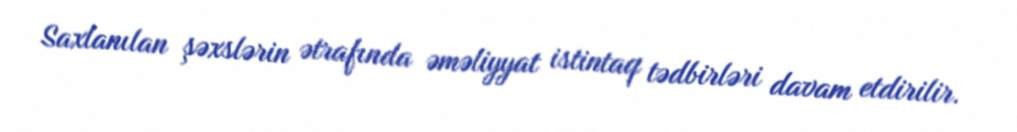
Saxlanılan şəxslərin ətrafında əməliyyat istintaq tədbirləri davam etdirilir.